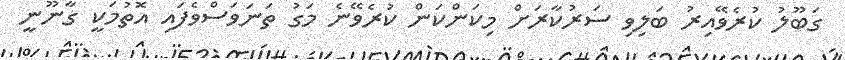
ގަބޫލު ކުރެވޭއިރު ބަލިވި ސަރުކާރަށް މިކަންކަން ކުރެވޭނެ މަގު ތަނަވަސްވެފައި އޮތުމަކީ ގާނޫނީ